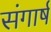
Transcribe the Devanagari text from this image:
संगार्ष